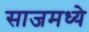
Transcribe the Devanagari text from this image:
साजमध्ये